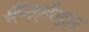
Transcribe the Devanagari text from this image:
ब्रूमहैण्डल